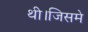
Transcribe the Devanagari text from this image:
थी।जिसमे